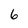
Character: 6